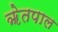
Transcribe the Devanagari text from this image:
ॠेतपाल